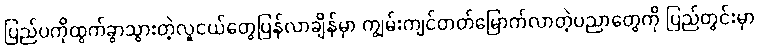
ပြည်ပကိုထွက်ခွာသွားတဲ့လူငယ်တွေပြန်လာချိန်မှာ ကျွမ်းကျင်တတ်မြောက်လာတဲ့ပညာတွေကို ပြည်တွင်းမှာ